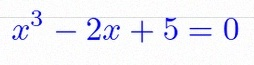
x^3-2x+5=0